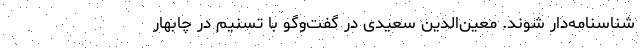
شناسنامه‌دار شوند. معین‌الدین سعیدی در گفت‌وگو با تسنیم در چابهار